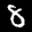
Digit: 8